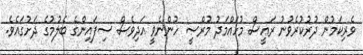
ވެރިކަމުން ދުރުކުރެވުނު ރައީސް މުހައްމަދު މުރްސީ ހުންނެވީ އަދިވެސް ސިފައިންގެ ބެލުމުގެ ދަށުގައެވެ.